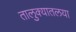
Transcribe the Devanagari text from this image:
तालुक्यातलया